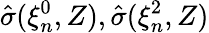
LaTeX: \hat{\sigma}(\xi_{n}^{0},Z),\hat{\sigma}(\xi_{n}^{2},Z)